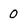
Character: 0